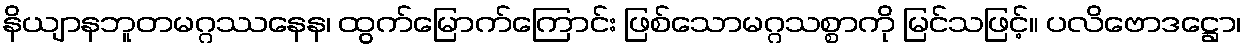
နိယျာနဘူတမဂ္ဂဿနေန၊ ထွက်မြောက်ကြောင်း ဖြစ်သောမဂ္ဂသစ္စာကို မြင်သဖြင့်။ ပလိဗောဒဋ္ဌော၊